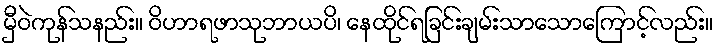
မှီဝဲကုန်သနည်း။ ဝိဟာရဖာသုဘာယပိ၊ နေထိုင်ရခြင်းချမ်းသာသောကြောင့်လည်း။